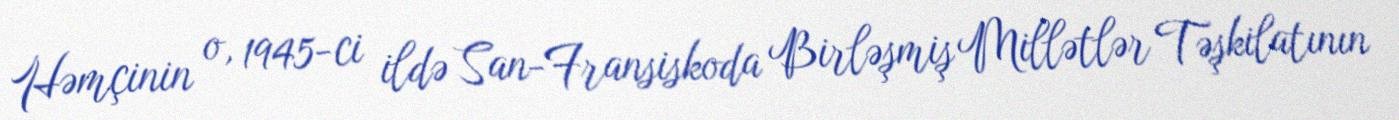
Həmçinin o, 1945-ci ildə San-Fransiskoda Birləşmiş Millətlər Təşkilatının